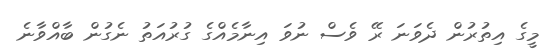
މީގެ އިތުރުން ދެވަނަ ރޭ ވެސް ނުވަ އިނާމެއްގެ ގުރުއަތު ނެގުން ބާއްވާނެ